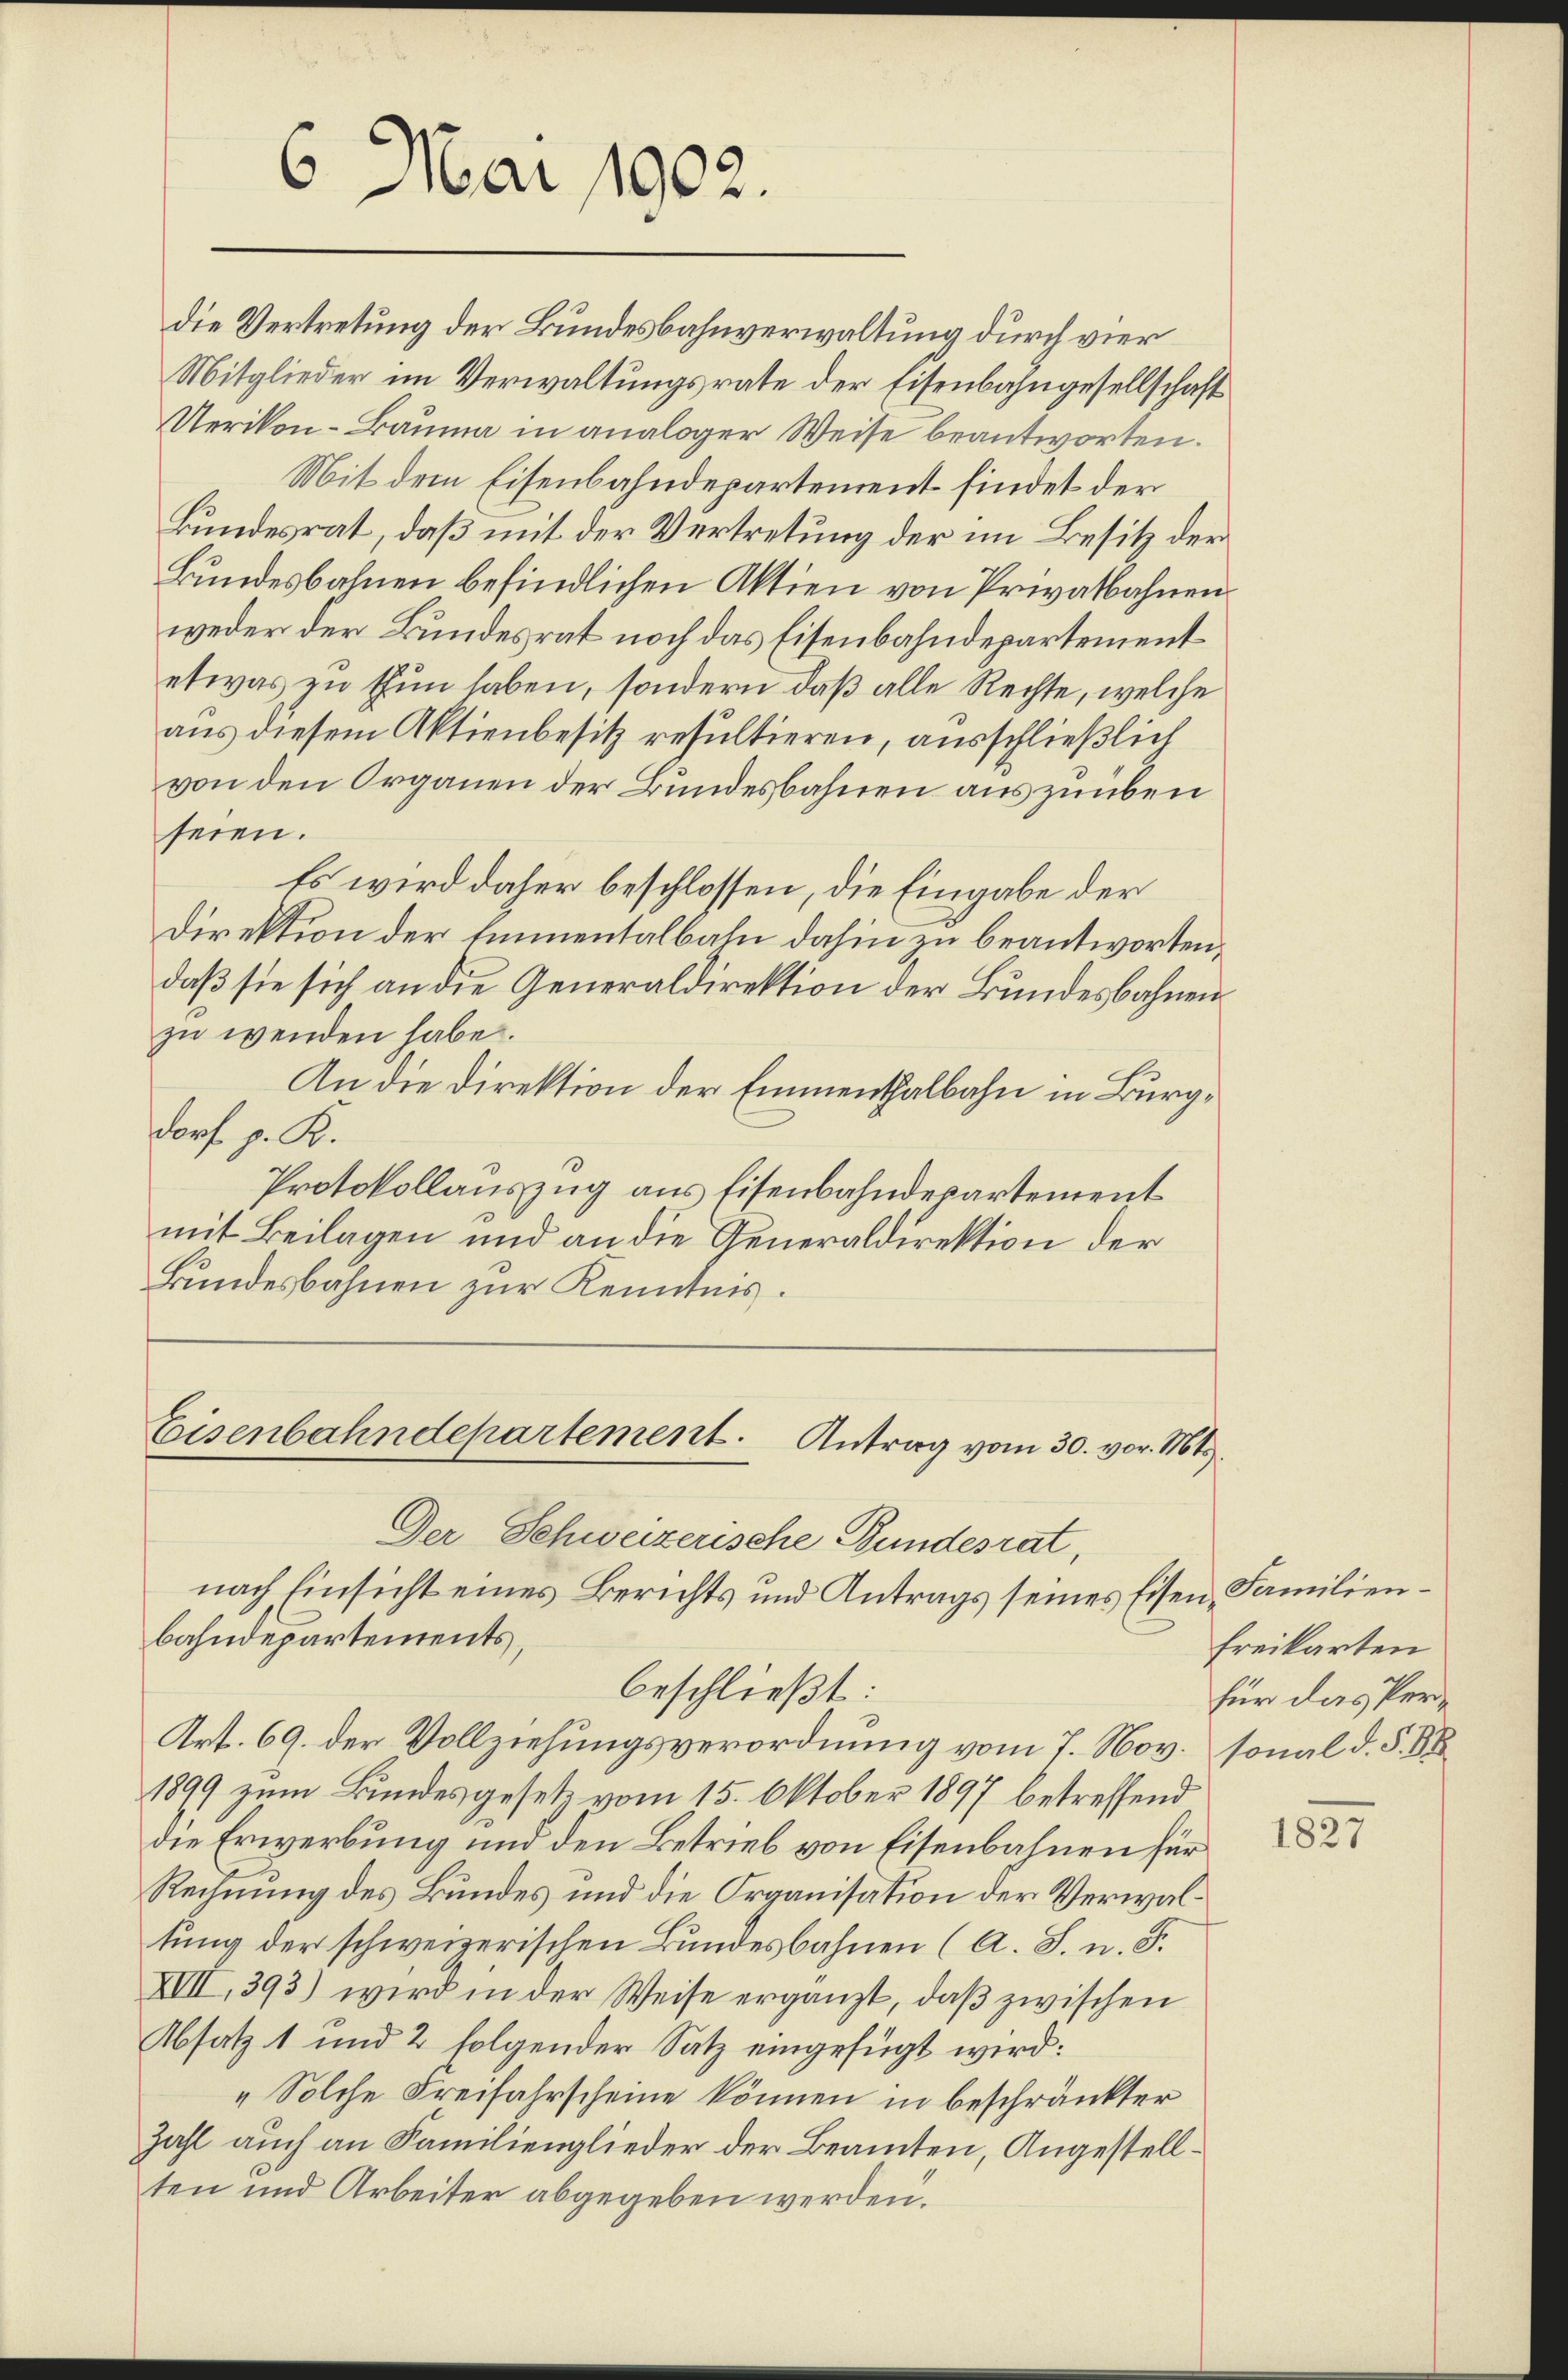
6. Mai 1902.

Mit dem Eisenbahndepartement findet der
Bundesrat, daß mit der Vertretung der im Besitz der
Bundesbahnen befindlichen Aktien von Privatbahnen
weder der Bundesrat noch das Eisenbahndepartement
etwas zu thun haben, sondern daß alle Rechte, welche
aus diesem Aktienbesitz resultieren, ausschließlich
von den Organen der Bundesbahnen auszuüben
seien.
Es wird daher beschlossen, die Eingabe der
Direktion der Emmentalbahn dahin zu beantworten,
daß sie sich an die Generaldirektion der Bundesbahnenzu wenden habe.
An die Direktion der Emmenthalbahn in Burgdorf p. K.
Protokollauszug aus Eisenbahndepartement
mit Beilagen und an die Generaldirektion der
Bundesbahnen zur Kenntnis.

Eisenbahndepartement. Antrag vom 30. vor. Mts.
Der Schweizerische Bundesrat,

die Vertretung der Bundesbahnverwaltung durch vier
Mitglieder im Verwaltungsrate der Eisenbahngesellschaft
Uerikon-Bauma in analoger Weise beantworten.

beschließt:

nach Einsicht eines Berichts und Antrags seines Eisen, Familienbahndepartements,
Art. 69. der Vollziehungsverordnung vom 7. Nov. sonal d. §. 88
1899 zum Bundesgesetz vom 15. Oktober 1897 betreffend
die Erwerbung und den Betrieb von Eisenbahnen für
Rechnung des Bundes und die Organisation der Verwaltung der schweizerischen Bundesbahnen (A. S. n. F.
XVII, 393) wird in der Weise ergänzt, daß zwischen
Absatz 1 und 2 folgender Satz eingefügt wird:
„Solche Freifahrscheine können in beschränkter
Zahl auch an Familienglieder der Beamten, Angestellten und Arbeiter abgegeben werden.

freikarten
für das Per¬

1827